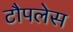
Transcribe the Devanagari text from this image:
टौपलेस